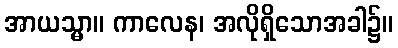
အာယသ္မာ။ ကာလေန၊ အလိုရှိသောအခါ၌။